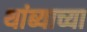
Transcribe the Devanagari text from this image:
थांब्याच्या